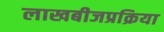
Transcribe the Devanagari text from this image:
लाखबीजप्रक्रिया